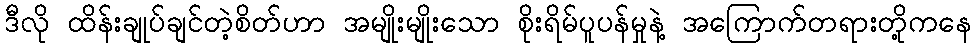
ဒီလို ထိန်းချုပ်ချင်တဲ့စိတ်ဟာ အမျိုးမျိုးသော စိုးရိမ်ပူပန်မှုနဲ့ အကြောက်တရားတို့ကနေ